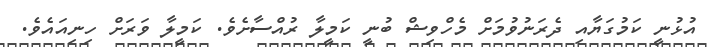
އުޅުނީ ކަމުގަޔާއި ދެރަނުވުމަށް މެހްވިޝް ބުނީ ކަމީލާ ރުއްސާށެވެ. ކަމީލާ ވަރަށް ހިނިއައެވެ.